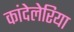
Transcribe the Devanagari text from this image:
कांदेलेरिया